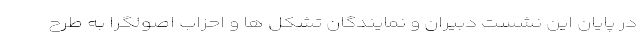
در پایان این نشست دبیران و نمایندگان تشکل ها و احزاب اصولگرا به طرح